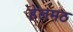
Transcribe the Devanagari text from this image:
हेलमठ